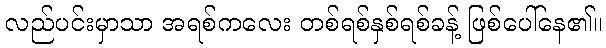
လည်ပင်းမှာသာ အရစ်ကလေး တစ်ရစ်နှစ်ရစ်ခန့် ဖြစ်ပေါ်နေ၏။